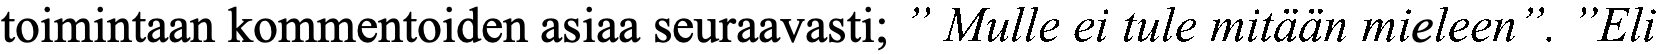
toimintaan kommentoiden asiaa seuraavasti; ” Mulle ei tule mitään mieleen”. ”Eli